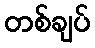
တစ်ချပ်